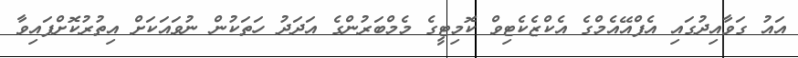
އައު ގަވާއިދުގައި އެފްއޭއެމްގެ އެކްޒެކެޓިވް ކޮމިޓީގެ މެމްބަރުންގެ އަދަދު ހަތަކުން ނުވައަކަށް އިތުރުކޮށްފައިވާ